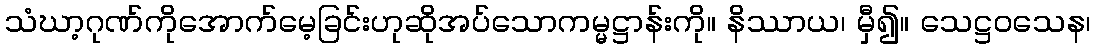
သံဃာ့ဂုဏ်ကိုအောက်မေ့ခြင်းဟုဆိုအပ်သောကမ္မဋ္ဌာန်းကို။ နိဿာယ၊ မှီ၍။ သေဋ္ဌဝသေန၊